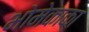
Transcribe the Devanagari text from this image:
भोमेकाका